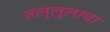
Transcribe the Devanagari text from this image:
तल्लुलाचा